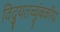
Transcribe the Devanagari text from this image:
विद्युतच्चुंबकीय